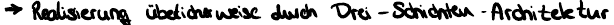
-> Realisierung üblicherweise durch Drei-Schichten-Architektur